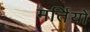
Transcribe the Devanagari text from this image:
मर्तियों